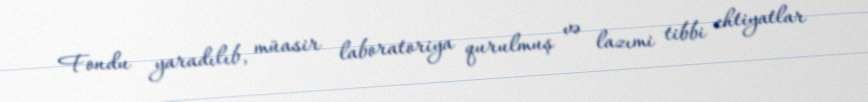
Fondu yaradılıb, müasir laboratoriya qurulmuş və lazımi tibbi ehtiyatlar